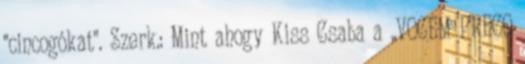
"cincogókat". Szerk.: Mint ahogy Kiss Csaba a „VOCEM PRECO